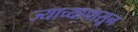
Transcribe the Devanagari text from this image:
ज्याच्यापासून